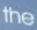
the